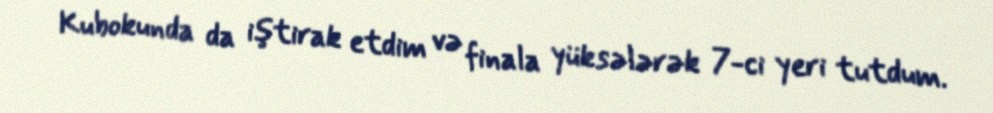
Kubokunda da iştirak etdim və finala yüksələrək 7-ci yeri tutdum.